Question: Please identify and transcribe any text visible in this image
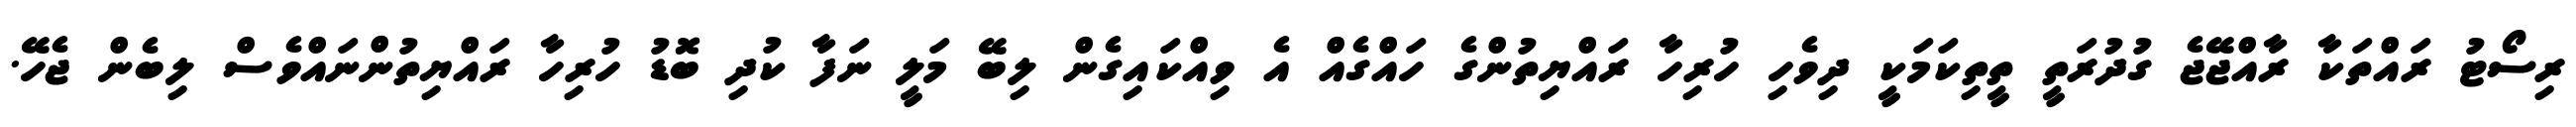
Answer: ރިސޯޓު ރައްތަކާ ރާއްޖޭޖެ ގުދުރަތީ ތީތިކަމަކީ ދިވެހި ހުރިހާ ރައްޔިތުންގެ ހައްގެއް އެ ވިއްކައިގެން ލިބޭ މަލީ ނަފާ ކުދި ބޮޑު ހުރިހާ ރައްޔިތުންނައްވެސް ލިބެން ޖެހޭ.